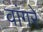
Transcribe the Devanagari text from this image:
वांगरे